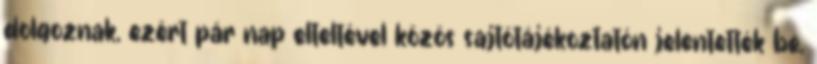
dolgoznak, ezért pár nap elteltével közös sajtótájékoztatón jelentették be,